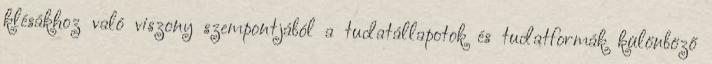
klésákhoz való viszony szempontjából a tudatállapotok és tudatformák különböző